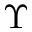
\Upsilon